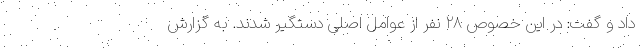
داد و گفت: در این خصوص ۲۸ نفر از عوامل اصلی دستگیر شدند. به گزارش